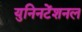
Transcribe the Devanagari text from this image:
युनिनटेंशनल